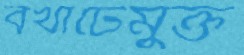
বখাটেমুক্ত